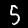
Digit: 5